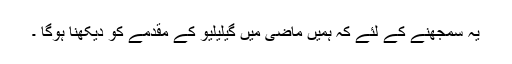
یہ سمجھنے کے لئے کہ ہمیں ماضی میں گیلیلیو کے مقدمے کو دیکھنا ہوگا ۔